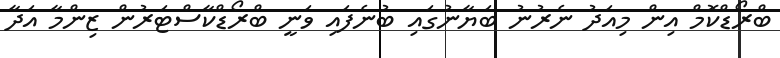
ބްރޯޑްކޮމް އިން މިއަދު ނެރުނު ބަޔާނުގައި ބުނެފައި ވަނީ ބްރޯޑްކާސްޓަރުން ޒިންމާ އަދާ